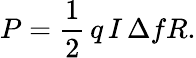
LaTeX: P={\frac{1}{2}}\, q\, I\, \Delta fR.